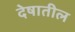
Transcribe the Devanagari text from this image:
देषातील